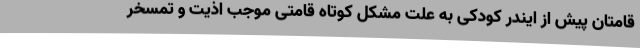
قامتان پیش از ایندر کودکی به علت مشکل کوتاه قامتی موجب اذیت و تمسخر